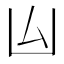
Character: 𠙸